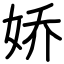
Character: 娇